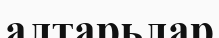
алтарьлар